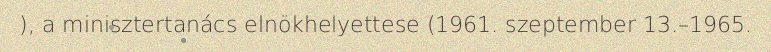
), a minisztertanács elnökhelyettese (1961. szeptember 13.–1965.